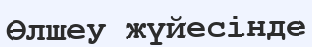
Өлшеу жүйесінде